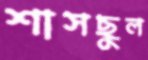
শাসছুল